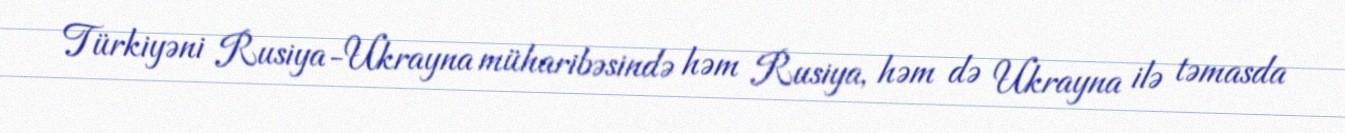
Türkiyəni Rusiya-Ukrayna müharibəsində həm Rusiya, həm də Ukrayna ilə təmasda